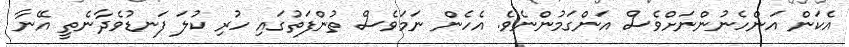
އެކަން އަންހެނުންނަށްވެސް އަންގަމުންނެވެ. އެހެން ނަމަވެސް ތުންފަތުގައި ހުރި ކުލަ ފަނޑުވެދާނެތީ އޭނާ